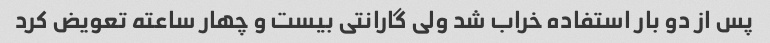
پس از دو بار استفاده خراب شد ولی گارانتی بیست و چهار ساعته تعویض کرد